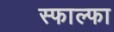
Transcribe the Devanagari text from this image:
स्फाल्फा